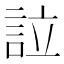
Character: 𧦰